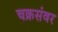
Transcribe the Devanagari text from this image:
चक्रसंवर